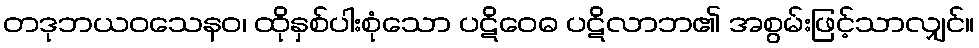
တဒုဘယဝသေနဝ၊ ထိုနှစ်ပါးစုံသော ပဋိဝေဓ ပဋိလာဘ၏ အစွမ်းဖြင့်သာလျှင်။